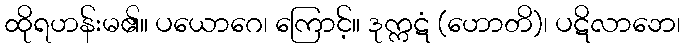
ထိုရဟန်းမ၏။ ပယောဂေ၊ ကြောင့်။ ဒုက္ကဋံ (ဟောတိ)၊ ပဋိလာဘေ၊